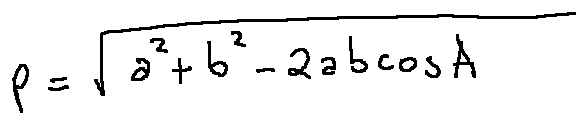
p = \sqrt { a ^ { 2 } + b ^ { 2 } - 2 a b \cos A }